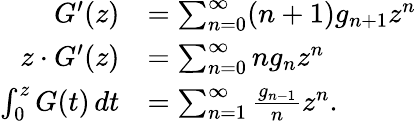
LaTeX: {\begin{array}{rl}{G^{\prime}(z)}&{=\sum_{n=0}^{\infty}(n+1)g_{n+1}z^{n}}\\ {z\cdot G^{\prime}(z)}&{=\sum_{n=0}^{\infty}ng_{n}z^{n}}\\ {\int_{0}^{z}G(t)\, dt}&{=\sum_{n=1}^{\infty}{\frac{g_{n-1}}{n}}z^{n}.}\end{array}}